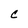
Character: C